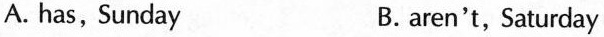
A. has, Sunday B.aren't, Saturday